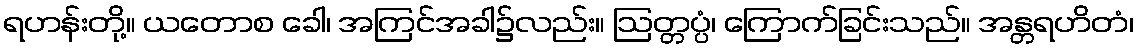
ရဟန်းတို့။ ယတောစ ခေါ၊ အကြင်အခါ၌လည်း။ ဩတ္တပ္ပံ၊ ကြောက်ခြင်းသည်။ အန္တရဟိတံ၊